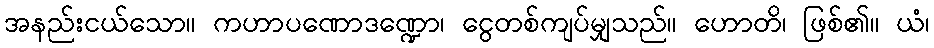
အနည်းငယ်သော။ ကဟာပဏောဒဏ္ဍော၊ ငွေတစ်ကျပ်မျှသည်။ ဟောတိ၊ ဖြစ်၏။ ယံ၊